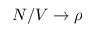
N / V \to \rho